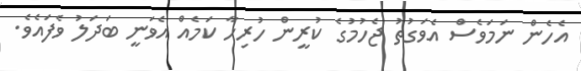
އެހެން ނަމަވެސް އެވަގުތު ޖެހުމުގެ ކުރީން ހުރިހާ ކަމެއް އެވަނީ ބަދަލު ވެފައެވެ.